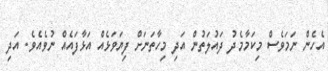
އެހެން ނަމަވެސް މިކަމާމެދު ދައުލަތުން އަދި މިހާތަނަށް ފިޔަވަޅެއް އަޅާފައެއް ނުވެއެވެ. އަދި